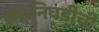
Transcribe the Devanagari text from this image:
संघनिवडीची